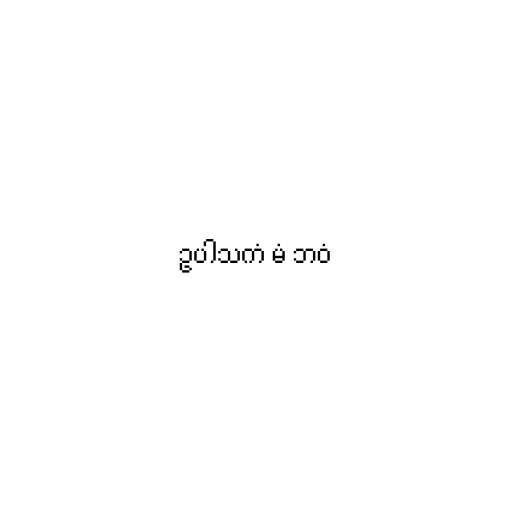
ဥပါသကံ မံ ဘဝံ